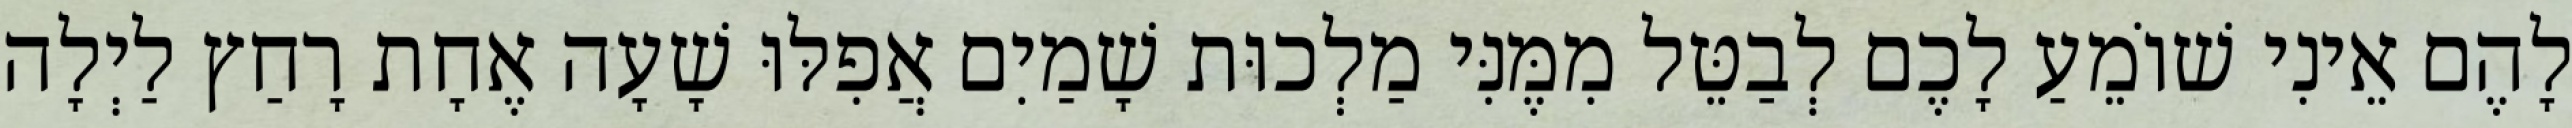
לָהֶם אֵינִי שׁוֹמֵעַ לָכֶם לְבַטֵּל מִמֶּנִּי מַלְכוּת שָׁמַיִם אֲפִלּוּ שָׁעָה אֶחָת רָחַץ לַיְלָה